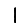
Digit: 1